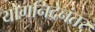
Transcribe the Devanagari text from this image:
योगनिद्रेनंतर